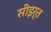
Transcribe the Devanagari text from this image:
सीइर्त